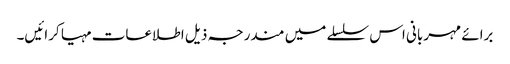
برائے مہربانی اس سلسلے میں مندرجہ ذیل اطلاعات مہیا کرائیں۔